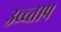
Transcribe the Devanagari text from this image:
उच्च्ताप